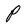
Character: P